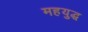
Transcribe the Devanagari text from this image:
महयुद्ध